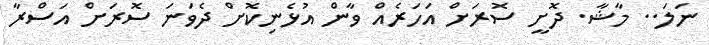
ނަލަ.. މާޝާ. ދޮށީ ސޮރަށް އަހަރެއް ވާން އުޅެނިކޮށް ދެވަނަ ސޮރަށް އަސްރާ